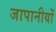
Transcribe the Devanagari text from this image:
जापानीयों